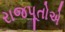
રાજપૂતોએ